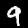
Digit: 9